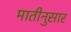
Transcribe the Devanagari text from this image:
मातीनुसार